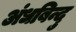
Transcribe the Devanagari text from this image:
अंधबिन्दु